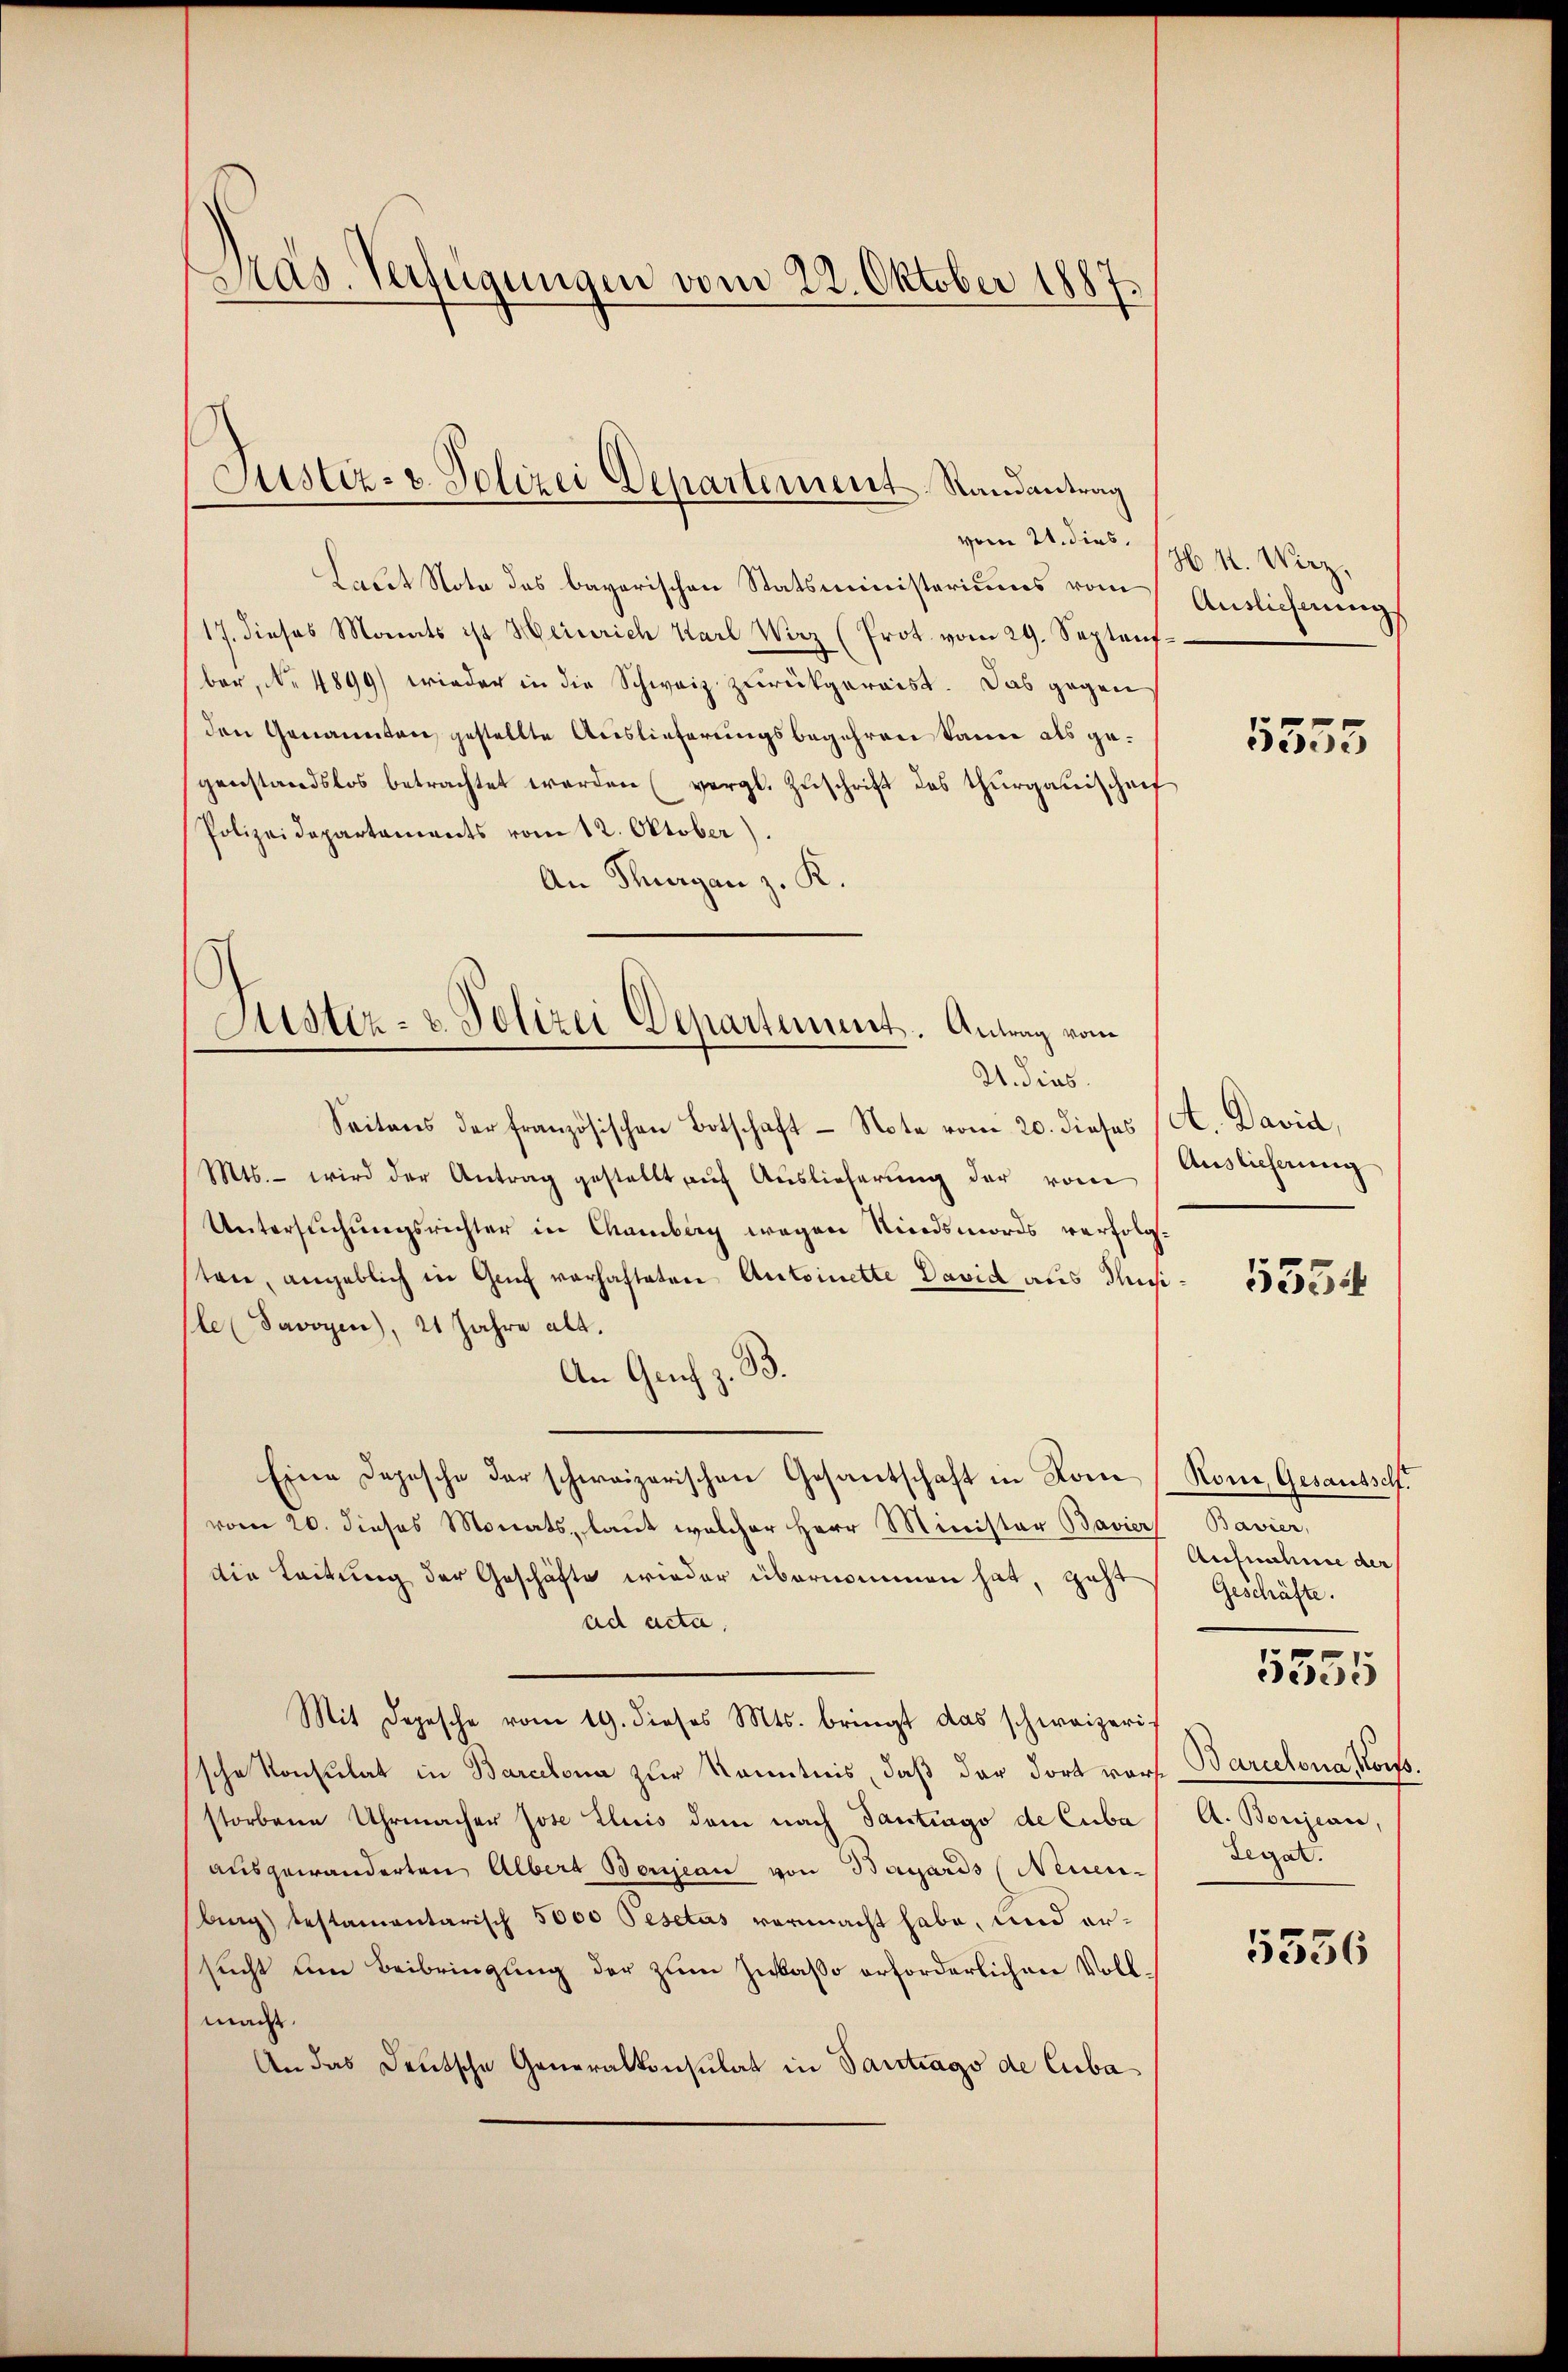
Präs. Verfügungen vom 22. Oktober 1887.

Laut Note des bayerischen Statsministeriums vom
17. dieses Monats ist Heinrich Karl Wirz (Prot. vom 29. Septenf
ber, No 4899) wieder in die Schweiz zurückgereist. Das gegen
(den Genannten, gestellte Auslieferungsbegehren kann als gegenstandslos betrachtet werden (vergl. Zŭschrift des Thurgauischeif
Polizeidepartaments vom 12. Oktober).
An Thurgau z. K.
Seitens der französischen Botschaft Note vom 20. dieses (A. David,
Mts. – wird der Antrag gestellt auf Auslieferung der vom
Untersŭchŭngsrichter in Chamberg wegen Rindsmords verfolgten, angeblich in Genf vorhafteten Antoinette David aus Thusi- 2550
le (Savoyen), 21 Jahre alt.
An Genf z. B.
Eine Depesche der schweizerischen Gesantschaft in Rom (Rom, Gesandsch
vom 20. dieses Monats, laut welcher Herr Minister Bavier Bavier,
die Leitung der Geschäfte wieder übernommen hat, geht
ad acta.
Mit Depesche vom 19. dieses Mts. bringt das schweizerische Konsulat in Barcelona zur Kenntnis, daß der dort vors Barcelona Kons
storbene Uhrmacher Jose Eluis dem nach Tantrago de Cuba
ausgewänderten Albert Benjean von Bayards (Neuen Legat.
bung testamentarisch 5000 Pesetas vermacht habe, und ersucht um Beibringung der zum Zwkaso erforderlichen Voll-
mac
An das Deutsche Generalkonsulat in Santrags de Cuba

Justiz- u. Polizei Departement, Randantrag
vom 21. dies

Luster- & Polizei Departement. Antrag vom
2. dies

H. M. Wirz,
Auslieferung

5555

Auslieferung

Aufnahme der
Geschäfte.
A. Bonjean,
5556

5555